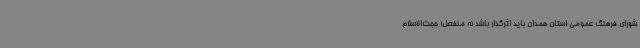
شورای فرهنگ عمومی استان همدان باید اثرگذار باشد نه منفعل! حجت‌الاسلام